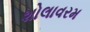
શોલાવરમ